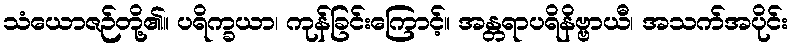
သံယောဇဉ်တို့၏။ ပရိက္ခယာ၊ ကုန်ခြင်းကြောင့်။ အန္တရာပရိနိဗ္ဗာယီ၊ အသက်အပိုင်း